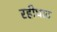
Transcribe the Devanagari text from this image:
रहीघाट